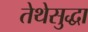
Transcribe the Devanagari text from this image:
तेथेसुद्धा